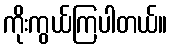
ကိုးကွယ်ကြပါတယ်။